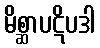
မိစ္ဆာပဋိပဒါ